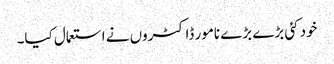
خود کئی بڑے بڑے نامور ڈاکٹروں نے استعمال کیا۔